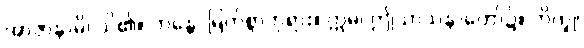
အာဇာနာမိ၊ သိ၏။ ဘန္တေ၊ မြတ်စွာဘုရား။ ဣဓ၊ ဤသာသနာတော်၌။ ဘိက္ခု၊